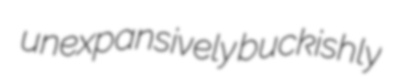
unexpansively buckishly